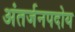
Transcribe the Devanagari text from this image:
अंतर्जनपदोय